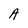
Character: A